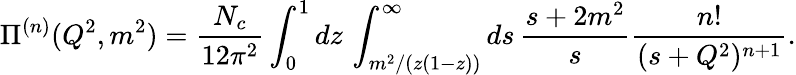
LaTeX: \Pi^{(n)}(Q^{2},m^{2})=\frac{N_{c}}{12\pi^{2}}\int_{0}^{1}dz\, \int_{m^{2}/(z(1-z))}^{\infty}ds\, \frac{s+2m^{2}}{s}\frac{n!}{(s+Q^{2})^{n+1}}.